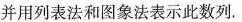
并用列表法和图像法表示此数列.